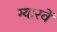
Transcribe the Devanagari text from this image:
ग्‍यारवें